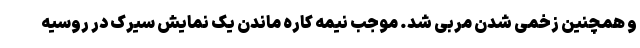
و همچنین زخمی شدن مربی شد. موجب نیمه کاره ماندن یک نمایش سیرک در روسیه